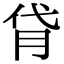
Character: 𦙯